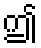
ဤ